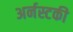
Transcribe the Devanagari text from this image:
अर्नस्टकी